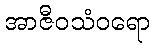
အာဇီဝသံဝရော